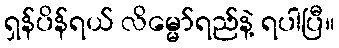
ရှန်ပိန်ရယ် လိမ္မော်ရည်နဲ့ ရပါပြီ။